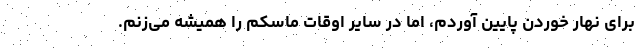
برای نهار خوردن پایین آوردم، اما در سایر اوقات ماسکم را همیشه می‌زنم.